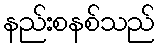
နည်းစနစ်သည်